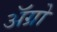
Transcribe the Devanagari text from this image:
अॅग्रो